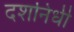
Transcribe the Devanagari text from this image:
दशनिधी